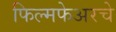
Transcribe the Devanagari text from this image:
फिल्मफेअरचे